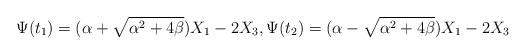
LaTeX: \begin{align*}\Psi(t_1) = (\alpha+\sqrt{\alpha^2+4\beta}) X_1-2 X_3,\Psi(t_2) = (\alpha-\sqrt{\alpha^2+4\beta}) X_1- 2X_3 \end{align*}